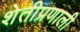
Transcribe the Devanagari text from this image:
शेतीप्रणाली